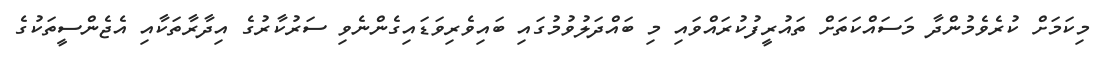
މިކަމަށް ކުރެވެމުންދާ މަސައްކަތަށް ތައުރީފުކުރައްވައި މި ބައްދަލުވުމުގައި ބައިވެރިވަޑައިގެންނެވި ސަރުކާރުގެ އިދާރާތަކާއި އެޖެންސީތަކުގެ